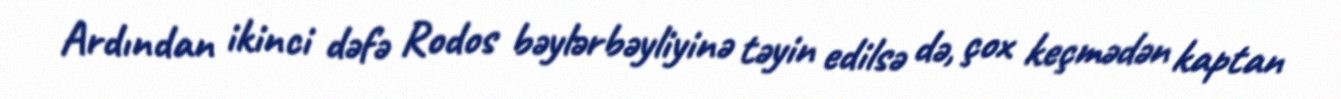
Ardından ikinci dəfə Rodos bəylərbəyliyinə təyin edilsə də, çox keçmədən kaptan